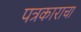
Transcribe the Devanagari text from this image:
पत्रकाराचा